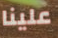
علينا